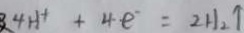
4 H ^ { + } + 4 e ^ { - } = 2 H _ { 2 } \uparrow